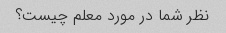
نظر شما در مورد معلم چیست؟